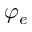
\varphi _ { e }